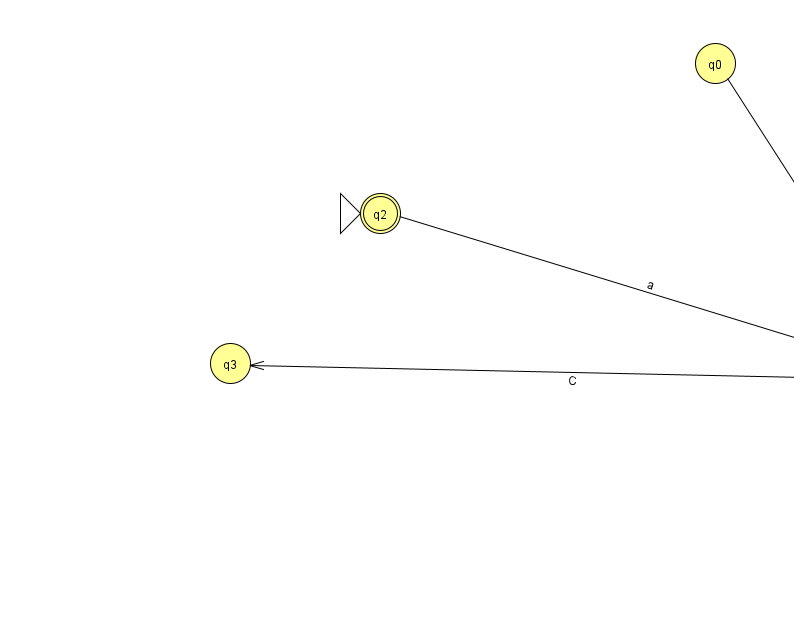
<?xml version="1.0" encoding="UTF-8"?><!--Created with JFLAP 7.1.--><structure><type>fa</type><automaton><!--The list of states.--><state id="0" name="q0"><x>715.0</x><y>50.0</y></state><state id="1" name="q1"><x>916.0</x><y>364.0</y></state><state id="2" name="q2"><x>380.0</x><y>200.0</y><initial/><final/></state><state id="3" name="q3"><x>230.0</x><y>350.0</y></state><!--The list of transitions.--><transition><from>2</from><to>1</to><read>a</read></transition><transition><from>0</from><to>1</to><read>H</read></transition><transition><from>1</from><to>3</to><read>C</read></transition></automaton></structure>